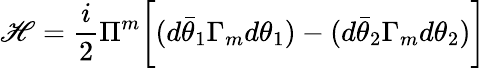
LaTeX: \mathscr{H}={\frac{{i}}{{2}}}\Pi^{m}\biggl[(d\bar{{\theta}}_{1}\Gamma_{m}d\theta_{1})-(d\bar{{\theta}}_{2}\Gamma_{m}d\theta_{2})\biggr]